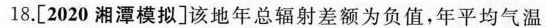
18.[2020湘潭模拟]该地年总辐射差额为负值，年平均气温